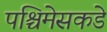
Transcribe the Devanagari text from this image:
पश्चिमेसकडे